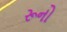
રૂનો